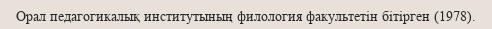
Орал педагогикалық институтының филология факультетін бітірген (1978).